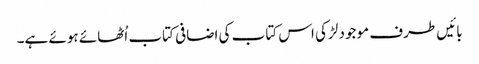
بائیں طرف موجود لڑکی اس کتاب کی اضافی کتاب اُٹھائے ہوئے ہے۔